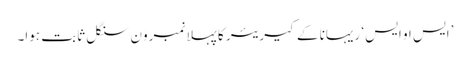
’ایس او ایس‘ ریہانا کے کیریئر کا پہلا نمبروَن سنگل ثابت ہوا۔